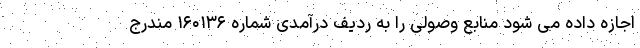
اجازه داده ‌می شود منابع وصولی را به ردیف درآمدی شماره ۱۶۰۱۳۶ مندرج